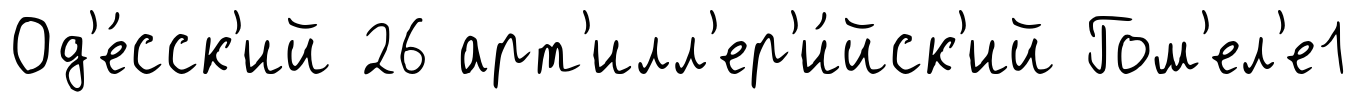
Од'е́сск'ий 26 арт'илл'ер'и́йск'ий Гом'ел'е1